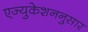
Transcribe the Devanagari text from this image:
एज्युकेशननुसार